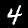
Label: 4